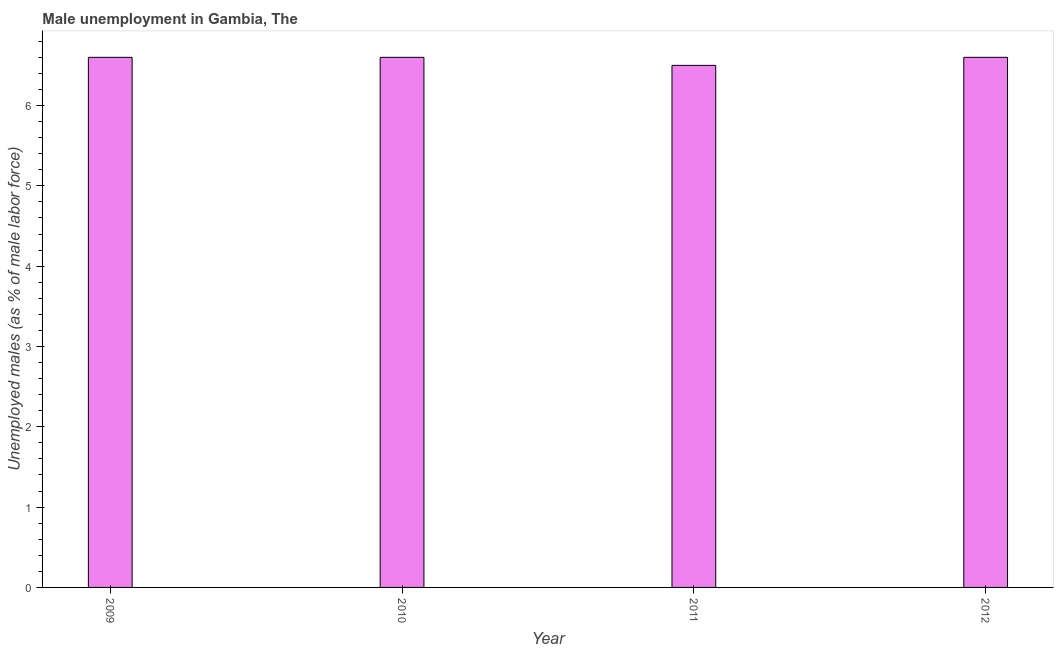
| Year | Unemployment |
 | --- | --- |
 | 2009 | 6.6 |
 | 2010 | 6.6 |
 | 2011 | 6.5 |
 | 2012 | 6.6 |